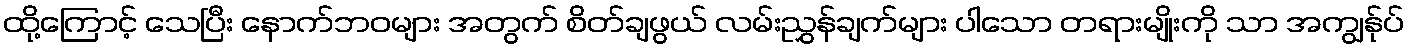
ထို့ကြောင့် သေပြီး နောက်ဘဝများ အတွက် စိတ်ချဖွယ် လမ်းညွှန်ချက်များ ပါသော တရားမျိုးကို သာ အကျွန်ုပ်